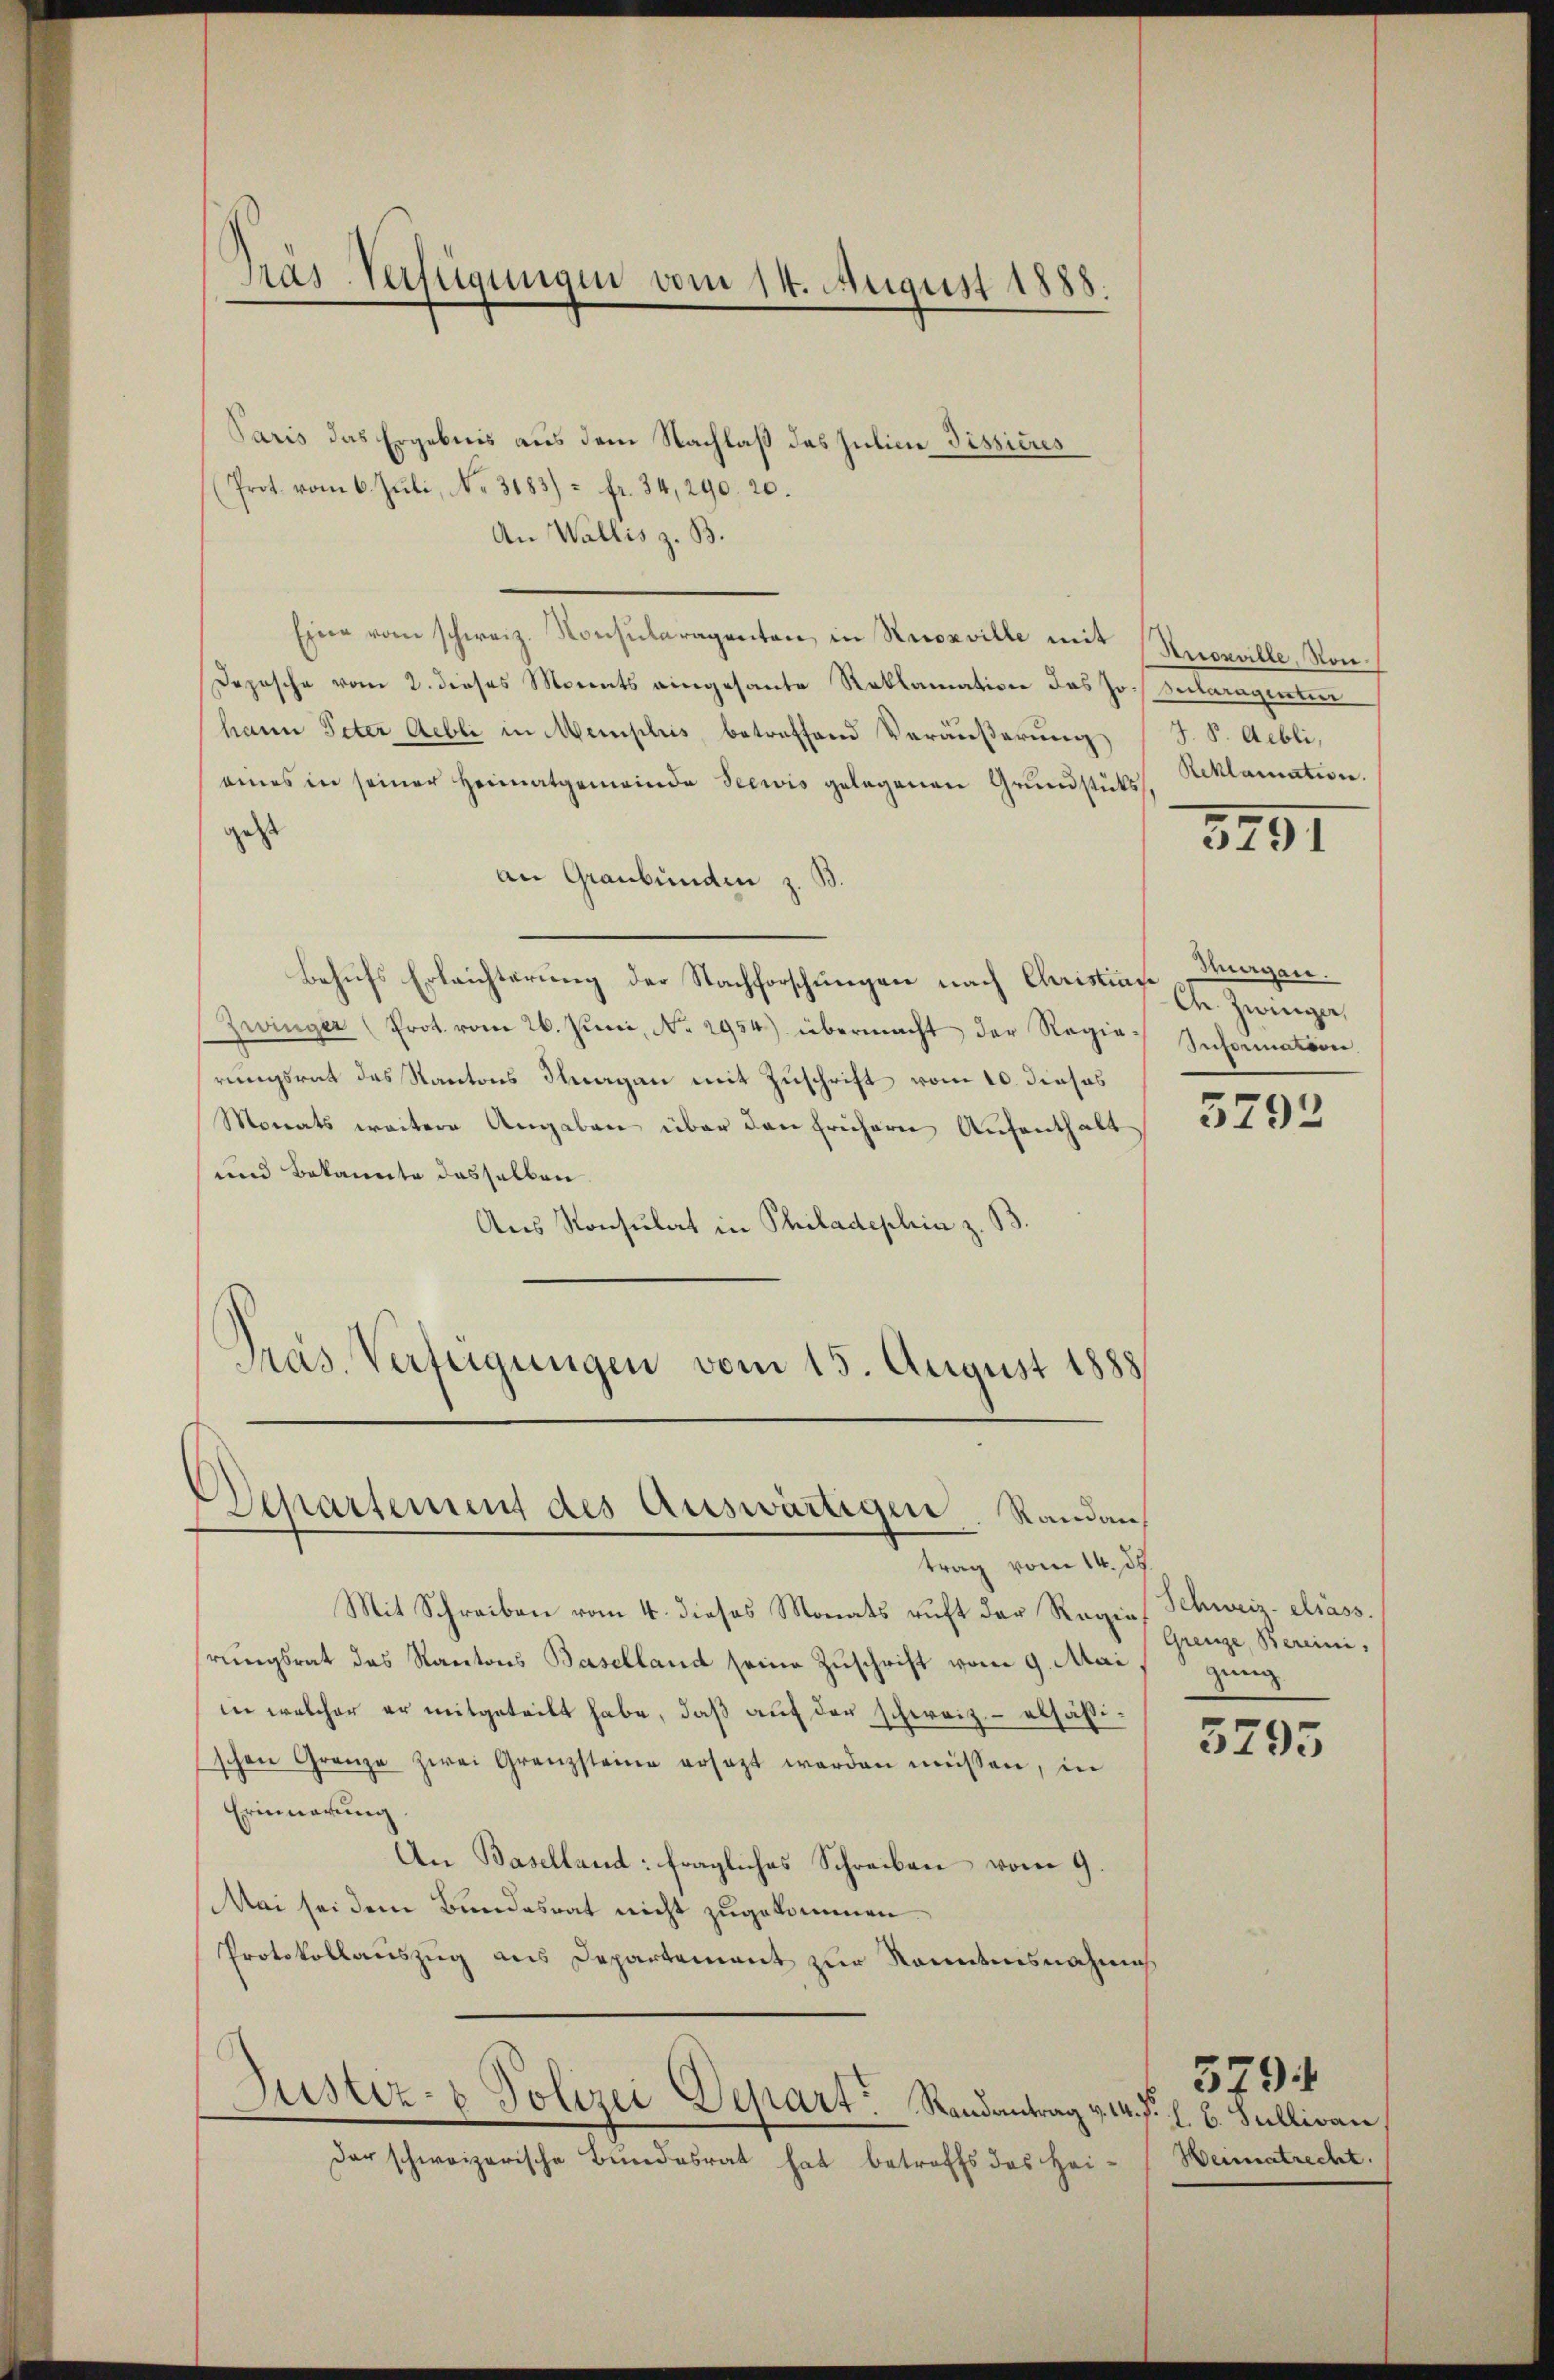
Präs-Verfügungen vom 14. August 1888.

Paris das Ergebnis aus dem Nachlaß des Julinie Pissicus
(Prot vom 6. Juli, No. 3183) - fr. 34, 290. 20.
An Wallis z. B.
Eine vom schweiz. Konsularagenten in Recoxville mit Knoxville, Mon
Depesche vom 2. dieses Monats eingesante Reklamation das Joh. Bularagentier
hann Peter Gebli in Memplis betreffend Veräußerung
eines in seiner Heimatgemeinde Seewis gelegenen Grundstükss. Beklamation.
gest
an Graubünden z. B.
Behufs Erleichterung der Nachforschungen nach Christe G. Zwinge,
Zwinger (Prot. vom 26. Juni, No. 2954.) übermacht der Regie Information.
rungsrat des Kantons Thurgau mit Zuschrift vom 10. dieses
Monats weitere Angaben über den frühern Aufenthalt
und Bekannte dasselben
Aus Konsulat in Philadephia z. B.
Pras. Verteigungen vom 15. August 1888

Departement des Auswärtigen. Randantrag vom 14. d.

der schweizerische Bundesrat hat betroffs des Hei-

Justiz- & Polizei Depart Randantrag v. 14. fr. f. b. Sullivan

Mit Schreiben vom 4. dieses Monats ruft der Regies Schweiz. elsass.
hrungsrat das Kantons Baselland seine Zuschrift vom 9. Maigung
in welcher er mitgeteilt habe, daß auf der schweiz.- elsäßi
schen Grenze zwei Grenzsteine ersetzt werden müssen, in
Erinnerung
An Baselland: fragliches Schreiben vom 9.
Mai sei dem Bundesrat nicht zugekommen.
Protokollauszug aus Departement zur Sonntensnahms

J. S. Aebli,

5291

Magen.

5792

Grenze, Bereini,

5295

3791
Weimatrecht.